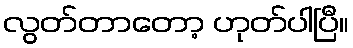
လွတ်တာတော့ ဟုတ်ပါပြီ။